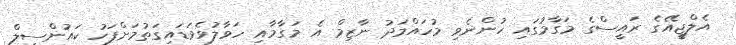
އެލްޖީއޭގެ ރައީސްގެ މަގާމުގައި ހުންނެވި މުހައްމަދު ނާޒިމް އެ މަގާމާއި ހަވާލުވެވަޑައިގަތުމަށްފަހު ކައުންސިލް